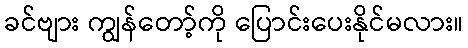
ခင်ဗျား ကျွန်တော့်ကို ပြောင်းပေးနိုင်မလား။